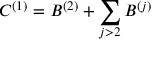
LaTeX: C ^ { ( 1 ) } = B ^ { ( 2 ) } + \sum _ { j > 2 } B ^ { ( j ) }